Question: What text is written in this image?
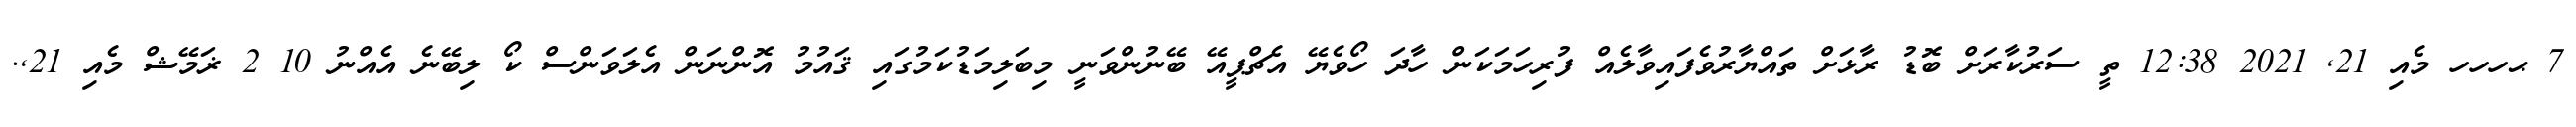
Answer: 7 ޙހހހ މެއި 21, 2021 12:38 ތީ ސަރުކާރަށް ބޮޑު ރާޅަށް ތައްޔާރުވެފައިވާލެއް ފުރިހަމަކަން ހާދަ ހޯވެޔޭ އެޗްޕީއޭ ބޭނުންވަނީ މިބަލިމަޑުކަމުގައި ޤައުމު އޮންނަން އެލަވަންސް ކޯ ލިބޭނެ އެއްނު 10 2 ޜަމޭޝް މެއި 21,.